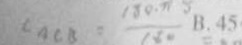
\angle A C B = \frac { 1 8 0 \cdot \pi 5 } { 1 8 0 }